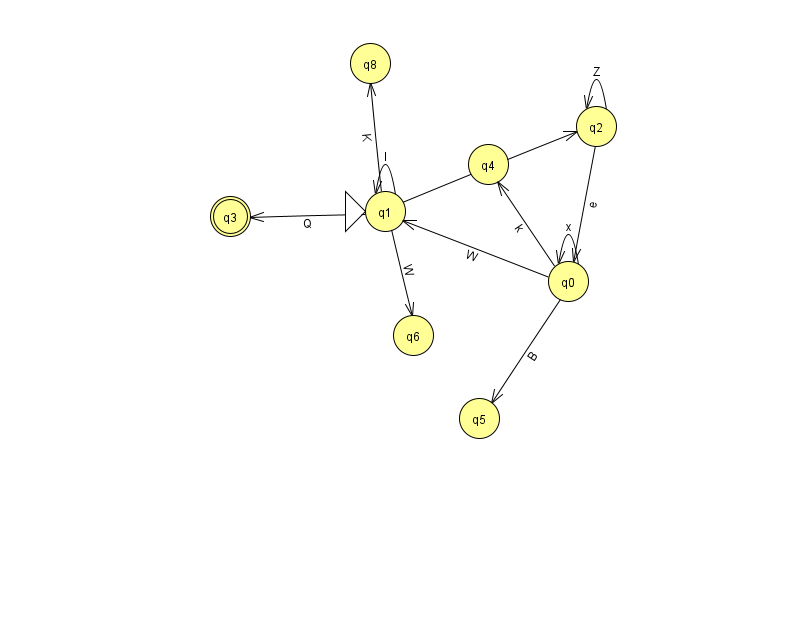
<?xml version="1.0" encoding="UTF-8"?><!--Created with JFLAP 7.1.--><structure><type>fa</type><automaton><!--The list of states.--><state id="0" name="q0"><x>568.0</x><y>268.0</y></state><state id="1" name="q1"><x>385.0</x><y>198.0</y><initial/></state><state id="2" name="q2"><x>596.0</x><y>113.0</y></state><state id="3" name="q3"><x>230.0</x><y>203.0</y><final/></state><state id="4" name="q4"><x>488.0</x><y>151.0</y></state><state id="5" name="q5"><x>479.0</x><y>405.0</y></state><state id="6" name="q6"><x>413.0</x><y>322.0</y></state><state id="8" name="q8"><x>370.0</x><y>50.0</y></state><!--The list of transitions.--><transition><from>0</from><to>1</to><read>W</read></transition><transition><from>1</from><to>8</to><read>K</read></transition><transition><from>2</from><to>0</to><read>e</read></transition><transition><from>1</from><to>6</to><read>W</read></transition><transition><from>0</from><to>0</to><read>x</read></transition><transition><from>1</from><to>1</to><read>I</read></transition><transition><from>1</from><to>2</to><read>y</read></transition><transition><from>2</from><to>2</to><read>Z</read></transition><transition><from>0</from><to>4</to><read>k</read></transition><transition><from>0</from><to>5</to><read>B</read></transition><transition><from>1</from><to>3</to><read>Q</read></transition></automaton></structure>